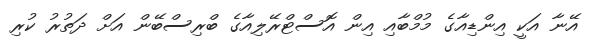
އޭނާ އަކީ އިންޑިއާގެ މުމްބާއި އިން އޮސްޓްރޭލިއާގެ ބްރިސްބޭން އަށް ދަތުރު ކުރި